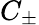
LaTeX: C_{\pm}